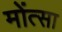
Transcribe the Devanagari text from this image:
मोंत्सा